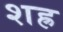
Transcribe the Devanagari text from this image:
शह्र